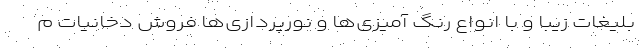
بلیغات زیبا و با انواع رنگ آمیزی‌ها و نورپردازی‌ها فروش دخانیات م